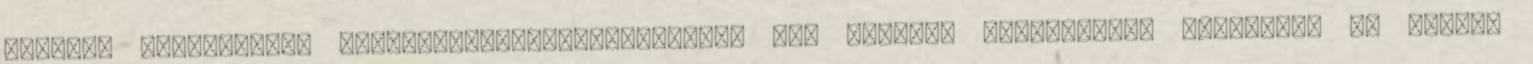
NYUGATI PÁLYAUDVAR, FELSŐVEZETÉK-KARBANTARTÁS, MÁV További szakaszokon rendeltek el árvízi